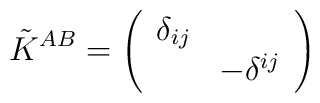
\tilde{K}^{AB}=\left(\begin{array}{ll}\delta _{ij} &  \\& -\delta ^{ij}\end{array}\right)